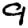
Digit: 9